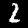
Label: 2